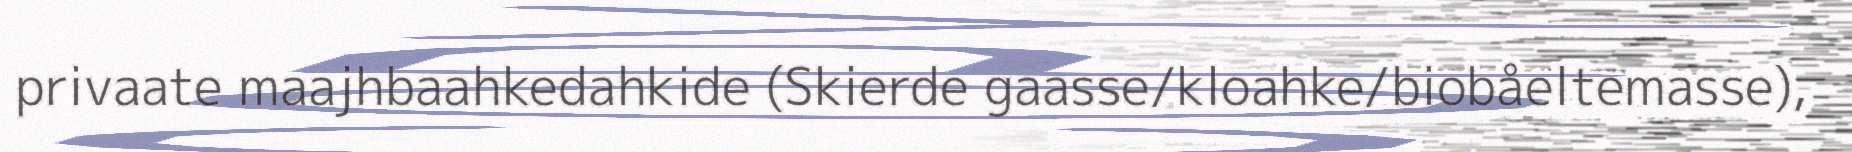
privaate maajhbaahkedahkide (Skierde gaasse/kloahke/biobåeltemasse),